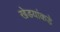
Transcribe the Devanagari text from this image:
खेडयांकडे